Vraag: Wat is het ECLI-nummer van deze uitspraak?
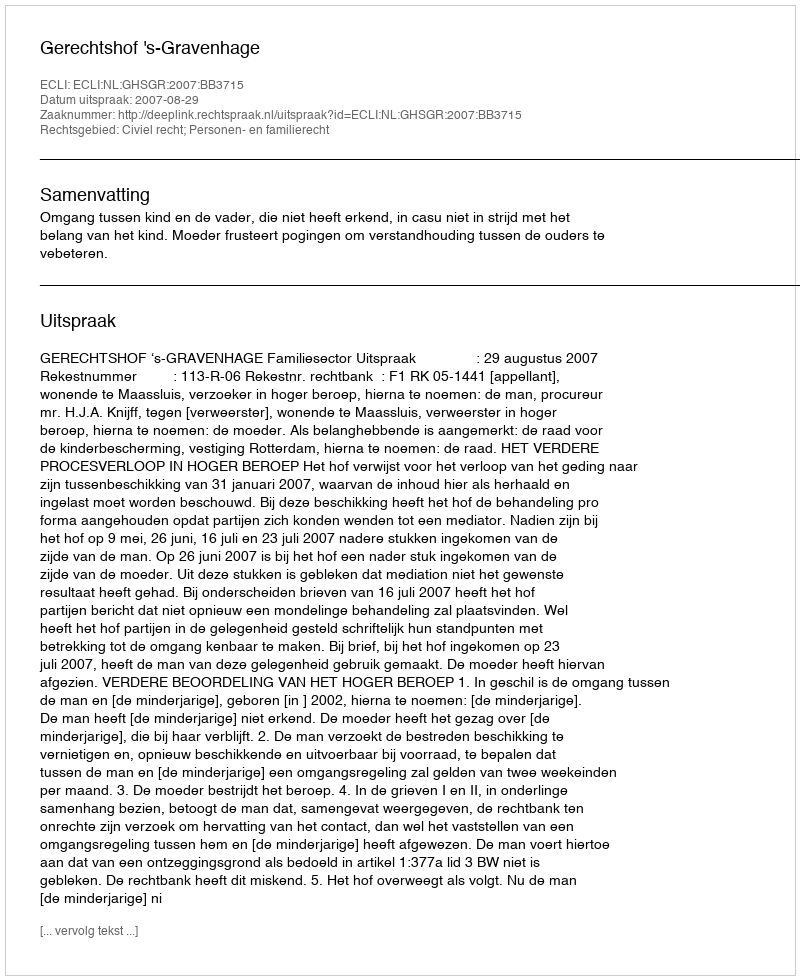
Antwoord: ECLI:NL:GHSGR:2007:BB3715